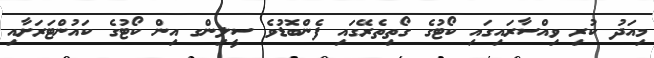
މިއަދު ކުރި ވިއްސާރައިގައި ކޯޓުގެ ގޯތިތެރޭގައި ފެންބޮޑުވެ ސީލިންގ އިން ކޯޓުގެ ކައުންޓަރަށާއި